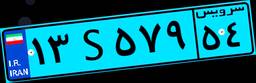
۱۶S۰۴۱۰۲